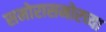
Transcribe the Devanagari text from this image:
समोरासमोरच्या